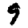
Digit: 9